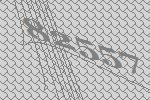
82557